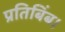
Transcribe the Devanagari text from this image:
प्रतिबिंब।